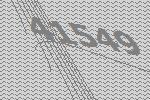
41549